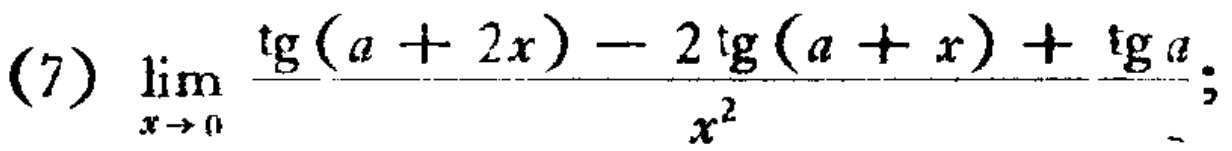
\(\lim_{x \to 0} \frac{\tg(a + 2x) - 2\tg(a + x) + \tg a}{x^{2}};\)